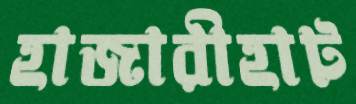
হাজারীহাট